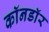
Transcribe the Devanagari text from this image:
काॅनडाॅर